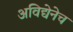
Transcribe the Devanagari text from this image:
अविद्येनेच